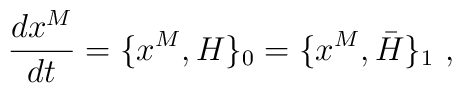
{dx^M\over dt} = \{x^M, H\}_0 = \{ x^M, \bar H \}_{1}\ ,